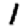
Digit: 1